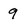
Character: 9